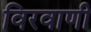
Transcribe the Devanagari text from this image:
विरवाणी